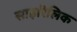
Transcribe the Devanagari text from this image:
साइरिलिक